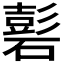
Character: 𥕽